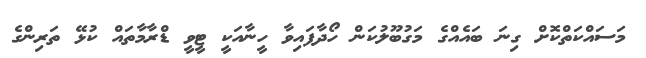
މަސައްކަތްކޮށް ގިނަ ބައެއްގެ މަގުބޫލުކަން ހޯދާފައިވާ ހީނާއަކީ ޓީވީ ޑްރާމާތައް ކުޅޭ ތަރިންގެ